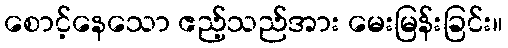
စောင့်နေသော ဧည့်သည်အား မေးမြန်းခြင်း။